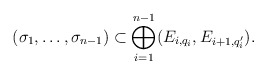
\begin{align*}(\sigma_1, \dots , \sigma_{n-1}) \subset \bigoplus_{i =1}^{n-1} (E_{i, q_i}, E_{i+1, q_i'}).\end{align*}